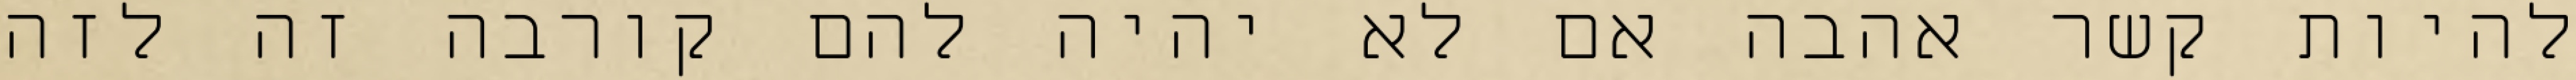
להיות קשר אהבה אם לא יהיה להם קורבה זה לזה